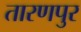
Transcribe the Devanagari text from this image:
तारणपुर